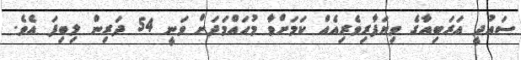
ސައުދީ އަރަބިއާގެ ވިޔަފާރިވެރިއެއް ކަމަށްވާ މުހައްމަދަށް ވަނީ 54 ދަރިން ލިބިފަ އެވެ.